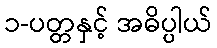
၁-ပတ္တနှင့် အဓိပ္ပါယ်